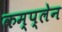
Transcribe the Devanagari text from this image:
कम्प्लेन